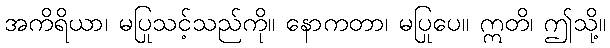
အကိရိယာ၊ မပြုသင့်သည်ကို။ နောကတာ၊ မပြုပေ။ ဣတိ၊ ဤသို့။